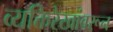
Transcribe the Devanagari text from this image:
व्यक्तिरेखांवरून